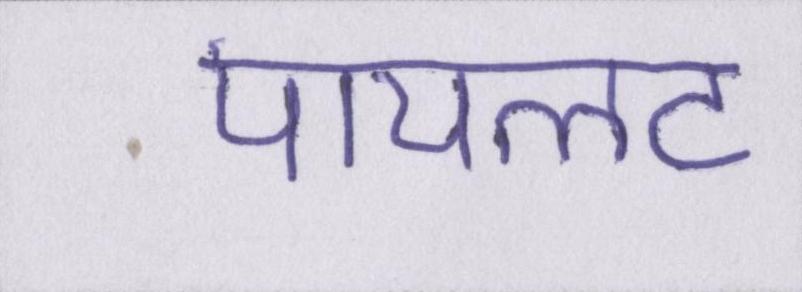
पायलट